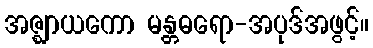
အဇ္ဈာယကော မန္တဓရော-အပုဒ်အဖွင့်။